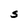
Character: S